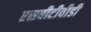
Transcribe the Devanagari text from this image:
एसबीटीवीडी